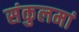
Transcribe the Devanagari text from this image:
संकुलमां